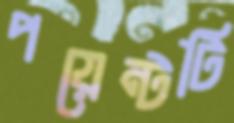
পয়েন্টটি